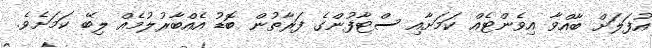
އުފަލަށް ބާއްވާ އިވެންޓެއް ކަމަށާއި ސްޓާފުންގެ ފަރާތުން ބޮޑު އެއްބާރުލުމެއް ލިބޭ ކަމަށެވެ.